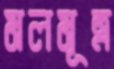
মলমূত্র